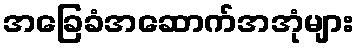
အခြေခံအဆောက်အအုံများ